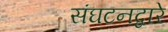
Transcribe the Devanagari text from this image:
संघटनद्वारे